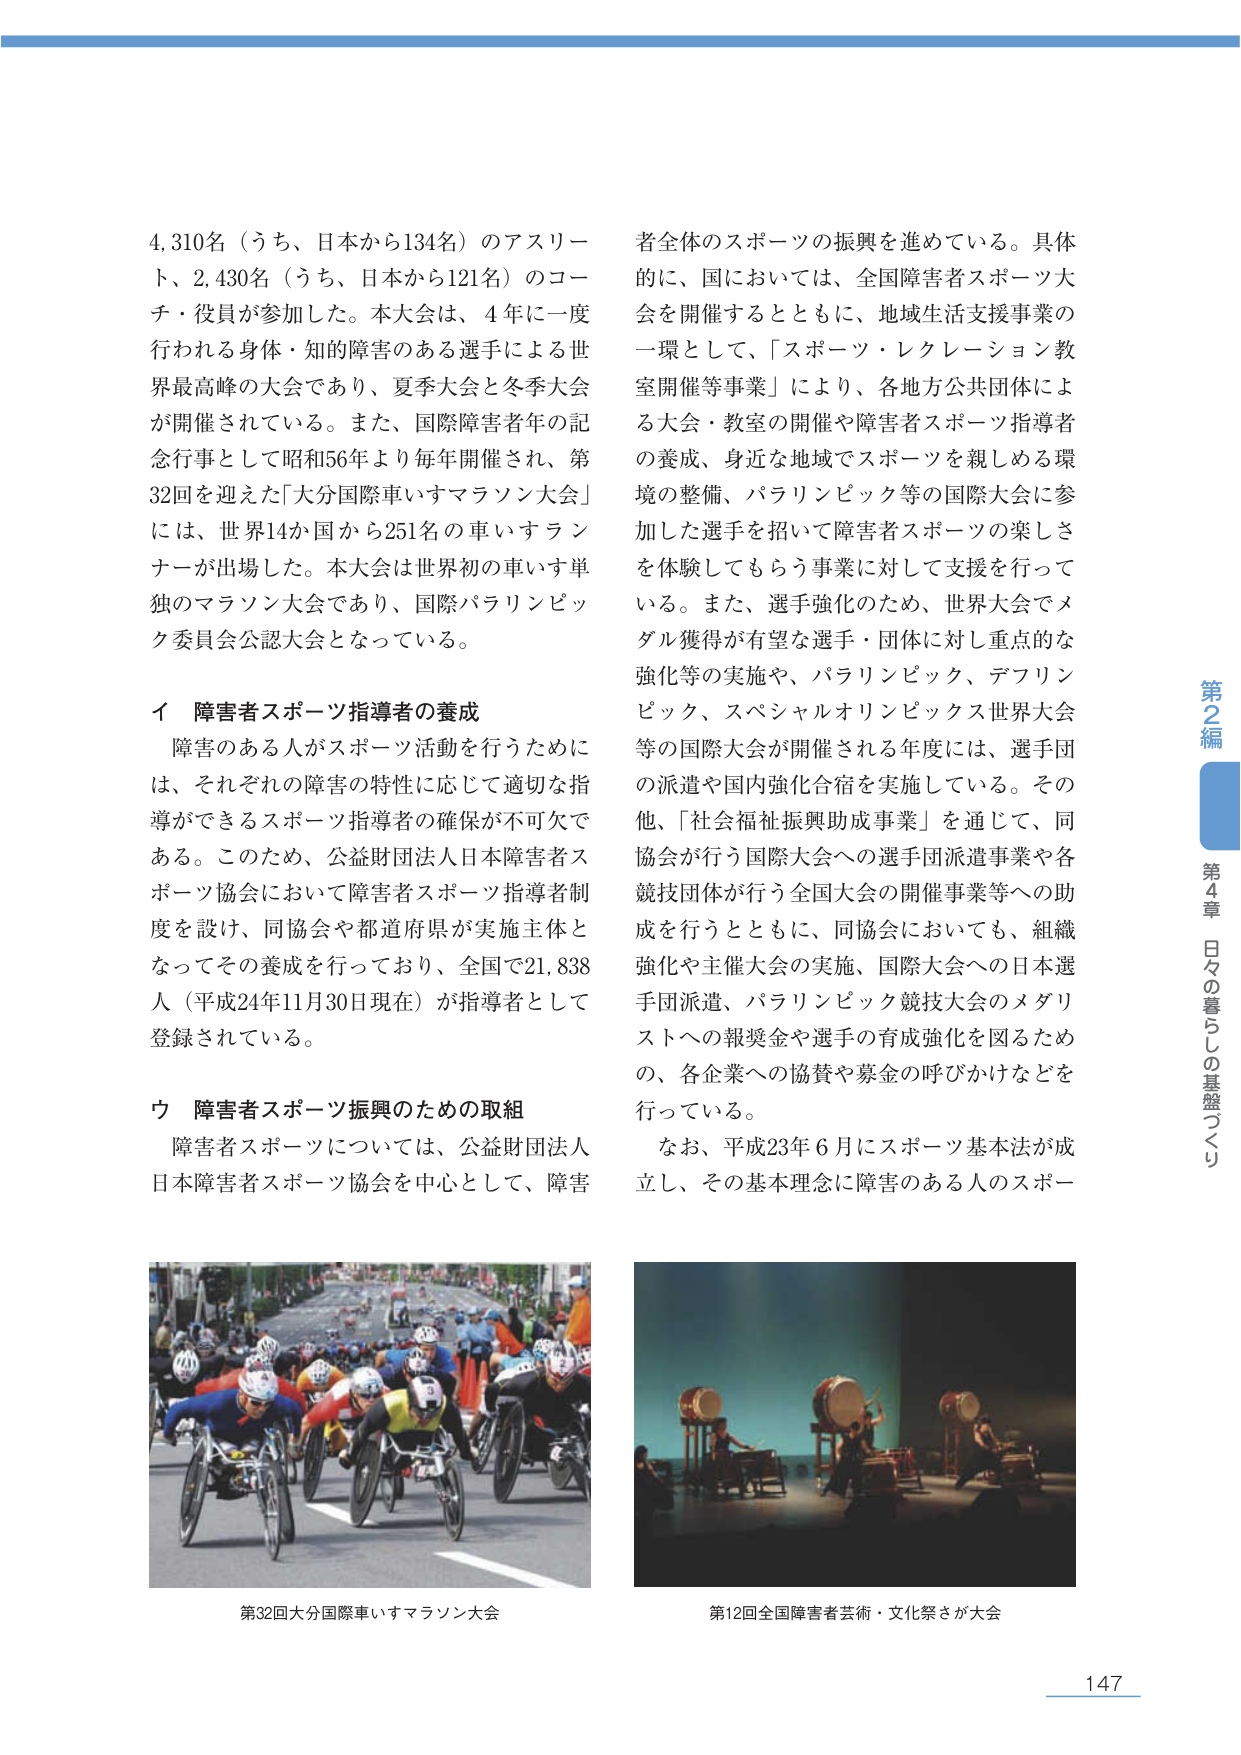
4,310名（うち、日本から134名）のアスリート、2,430名（うち、日本から121名）のコーチ・役員が参加した。本大会は、4年に一度行われる身体・知的障害のある選手による世界最高峰の大会であり、夏季大会と冬季大会が開催されている。また、国際障害者年の記念行事として昭和56年より毎年開催され、第32回を迎えた「大分国際車いすマラソン大会」には、世界14か国から251名の車いすランナーが出演した。本大会は世界初の車いす単独のマラソン大会であり、国際パラリンピック委員会公認大会となっている。

イ 障害者スポーツ指導者の養成
障害のある人がスポーツ活動を行うためには、それぞれの障害の特性に応じて適切な指導ができるスポーツ指導者の確保が不可欠である。このため、公益財団法人日本障害者スポーツ協会において障害者スポーツ指導者制度を設け、同協会や都道府県が実施主体となってその養成を行っており、全国で21,838人（平成24年11月30日現在）が指導者として登録されている。

ウ 障害者スポーツ振興のための取組
障害者スポーツについては、公益財団法人日本障害者スポーツ協会を中心として、障害者全体のスポーツの振興を進めている。具体的に、国においては、全国障害者スポーツ大会を開催するとともに、地域生活支援事業の一環として、「スポーツ・レクレーション教室開催等事業」により、各地方公共団体による大会・教室の開催や障害者スポーツ指導者の養成、身近な地域でスポーツを親しめる環境の整備、パラリンピック等の国際大会に参加した選手を招いて障害者スポーツの楽しさを体験してもらう事業に対して支援を行っている。また、選手強化のため、世界大会でメダル獲得が有望な選手・団体に対し重点的な強化等の実施や、パラリンピック、デフリンピック、スペシャルオリンピックス世界大会等の国際大会が開催される年度には、選手団の派遣や国内強化合宿を実施している。その他、「社会福祉振興助成事業」を通じて、同協会が行う国際大会への選手団派遣事業や各競技団体が行う全国大会の開催事業等への助成を行うとともに、同協会においても、組織強化や主催大会の実施、国際大会への日本選手団派遣、パラリンピック競技大会のメダリストへの報奨金や選手の育成強化を図るための、各企業への協賛や募金の呼びかけなどを 行っている。

なお、平成23年6月にスポーツ基本法が成立し、その基本理念に障害のある人のスポー

第32回大分国際車いすマラソン大会

第12回全国障害者芸術・文化祭さが大会

第2編
第4章 日々の暮らしの基盤づくり

147